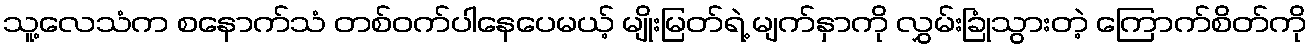
သူ့လေသံက စနောက်သံ တစ်ဝက်ပါနေပေမယ့် မျိုးမြတ်ရဲ့ မျက်နှာကို လွှမ်းခြုံသွားတဲ့ ကြောက်စိတ်ကို